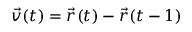
\vec { v } ( t ) = \vec { r } ( t ) - \vec { r } ( t - 1 )